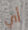
أي